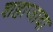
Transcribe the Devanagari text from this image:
शहाजादा